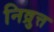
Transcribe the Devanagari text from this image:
निव्रुत्त